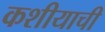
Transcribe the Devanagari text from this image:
कशीयाची